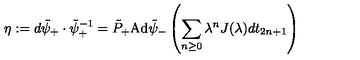
\eta : = d \tilde { \psi } _ { + } \cdot \tilde { \psi } _ { + } ^ { - 1 } = \tilde { P } _ { + } \mathrm { A d } \tilde { \psi } _ { - } \left( \sum _ { n \geq 0 } \lambda ^ { n } J ( \lambda ) d t _ { 2 n + 1 } \right)